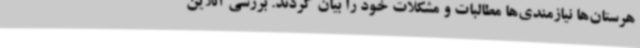
هرستان‌ها نیازمندی‌ها مطالبات و مشکلات خود را بیان کردند. بررسی آنلاین